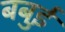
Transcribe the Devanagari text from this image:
बबुई